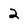
Character: 2